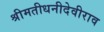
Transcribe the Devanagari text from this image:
श्रीमतीधनीदेवीराव